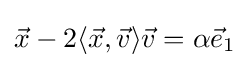
{\vec {x}}-2\langle {\vec {x}},{\vec {v}}\rangle {\vec {v}}=\alpha {\vec {e}}_{1}